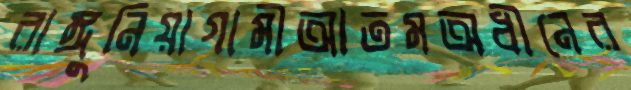
রাঙ্গুনিয়াগামীআতমঅধীনের